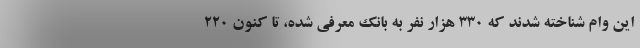
این وام شناخته شدند که ۳۳۰ هزار نفر به بانک معرفی شده، تا کنون ۲۲۰